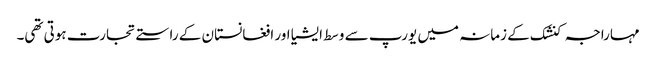
مہاراجہ کنشک کے زمانہ میں یورپ سے وسط ایشیا اور افغانستان کے راستے تجارت ہوتی تھی۔